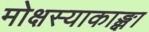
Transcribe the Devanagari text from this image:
मोक्षस्याकाङ्क्षा